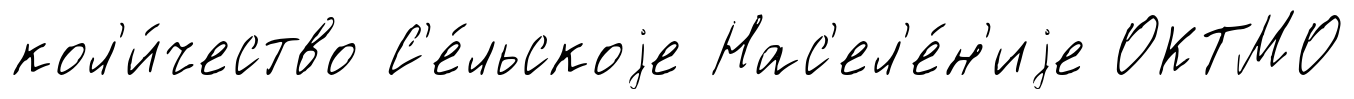
кол'и́чество С'е́льскоjе Нас'ел'е́н'иjе ОКТМО